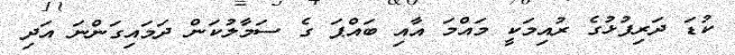
ކުޑަ ދަރިފުޅުގެ ރުއިމަކީ މައްމަ އާއި ބައްޕަ ގެ ސަމާލުކަން ދަމައިގަންނަ އަދި